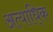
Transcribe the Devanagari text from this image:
अत्याधि्क